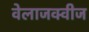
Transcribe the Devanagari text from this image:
वेलाजक्वीज